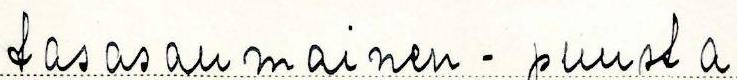
tasasaumainen - puusta